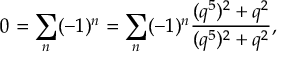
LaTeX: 0 = \sum _ { n } ( - 1 ) ^ { n } = \sum _ { n } ( - 1 ) ^ { n } \frac { ( q ^ { 5 } ) ^ { 2 } + q ^ { 2 } } { ( q ^ { 5 } ) ^ { 2 } + q ^ { 2 } } ,